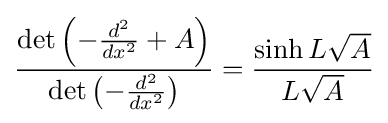
{\frac {\det \left(-{\frac {d^{2}}{dx^{2}}}+A\right)}{\det \left(-{\frac {d^{2}}{dx^{2}}}\right)}}={\frac {\sinh L{\sqrt {A}}}{L{\sqrt {A}}}}